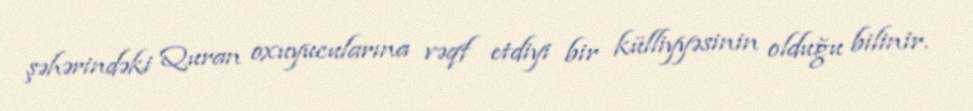
şəhərindəki Quran oxuyucularına vəqf etdiyi bir külliyyəsinin olduğu bilinir.